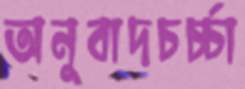
অনুবাদচর্চ্চা